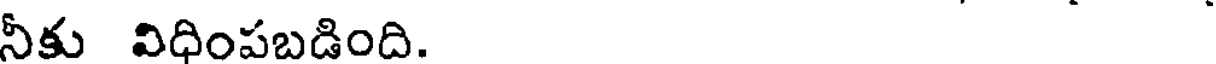
నీకు విధింపబడింది.